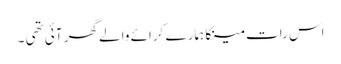
اس رات مینکا ہمارے کرائے والے گھر آئی تھی ۔